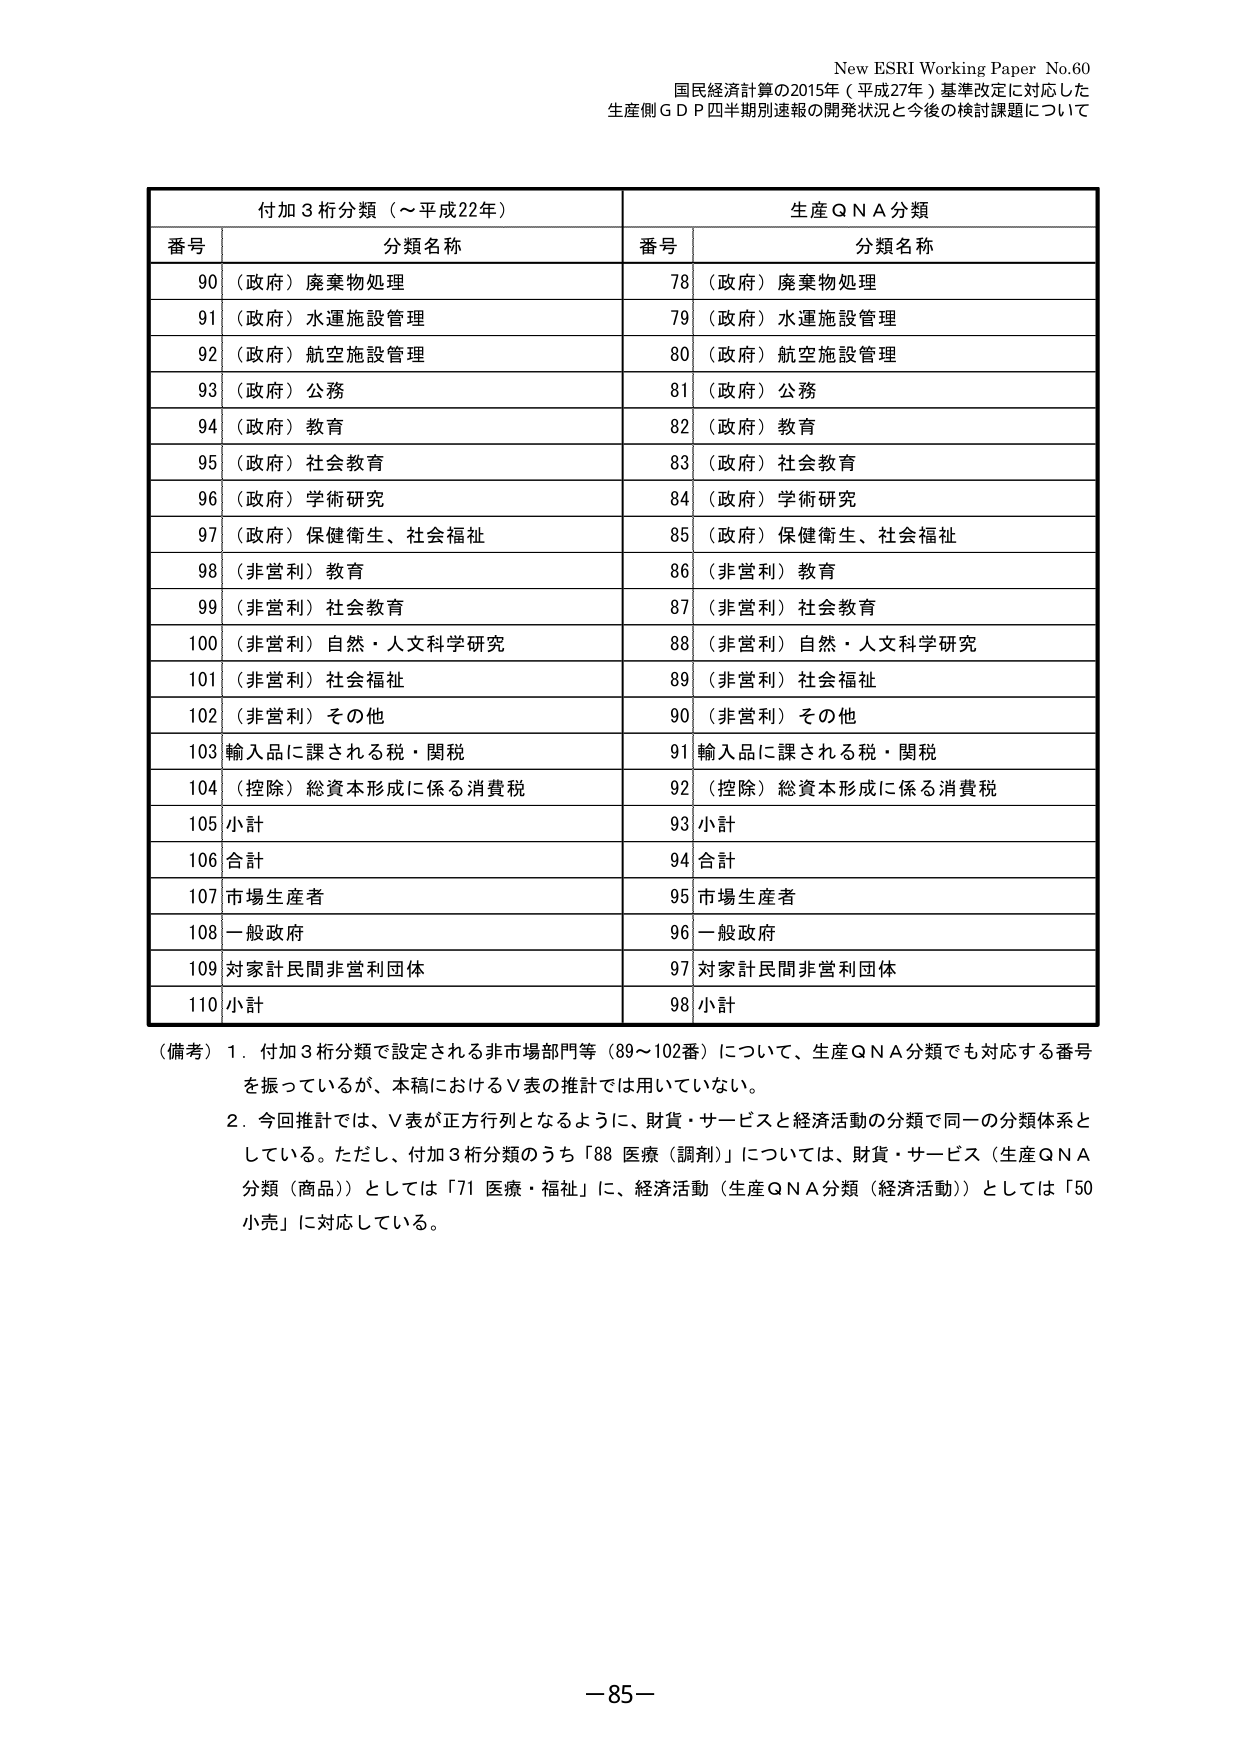
New ESRI Working Paper No.60
国民経済計算の2015年（平成27年）基準改定に対応した
生産側ＧＤＰ四半期別速報の開発状況と今後の検討課題について

付加３桁分類（～平成22年）　　　　　　　　　生産ＱＮＡ分類
番号　　分類名称　　　　　　　　　　　　　番号　　分類名称
90　（政府）廃棄物処理　　　　　　　　　　78　（政府）廃棄物処理
91　（政府）水運施設管理　　　　　　　　　79　（政府）水運施設管理
92　（政府）航空施設管理　　　　　　　　　80　（政府）航空施設管理
93　（政府）公務　　　　　　　　　　　　　81　（政府）公務
94　（政府）教育　　　　　　　　　　　　　82　（政府）教育
95　（政府）社会教育　　　　　　　　　　　83　（政府）社会教育
96　（政府）学術研究　　　　　　　　　　　84　（政府）学術研究
97　（政府）保健衛生、社会福祉　　　　　　85　（政府）保健衛生、社会福祉
98　（非営利）教育　　　　　　　　　　　　86　（非営利）教育
99　（非営利）社会教育　　　　　　　　　　87　（非営利）社会教育
100　（非営利）自然・人文科学研究　　　　88　（非営利）自然・人文科学研究
101　（非営利）社会福祉　　　　　　　　　　89　（非営利）社会福祉
102　（非営利）その他　　　　　　　　　　　90　（非営利）その他
103　輸入品に課される税・関税　　　　　　91　輸入品に課される税・関税
104　（控除）総資本形成に係る消費税　　　92　（控除）総資本形成に係る消費税
105　小計　　　　　　　　　　　　　　　　　93　小計
106　合計　　　　　　　　　　　　　　　　　94　合計
107　市場生産者　　　　　　　　　　　　　　95　市場生産者
108　一般政府　　　　　　　　　　　　　　　96　一般政府
109　対家計民間非営利団体　　　　　　　　97　対家計民間非営利団体
110　小計　　　　　　　　　　　　　　　　　98　小計

（備考）1．付加３桁分類で設定される非市場部門等（89～102番）について、生産ＱＮＡ分類でも対応する番号を振っているが、本稿におけるＶ表の推計では用いていない。
　　　2．今回推計では、Ｖ表が正方行列となるように、財貨・サービスと経済活動の分類で同一の分類体系としている。ただし、付加３桁分類のうち「88 医療（調剤）」については、財貨・サービス（生産ＱＮＡ分類（商品））としては「71 医療・福祉」に、経済活動（生産ＱＮＡ分類（経済活動））としては「50 小売」に対応している。

－85－